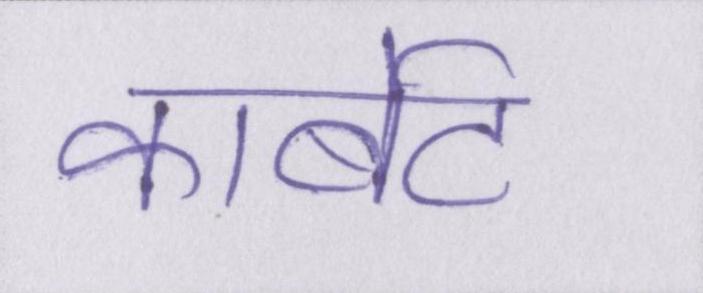
कार्बेट